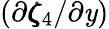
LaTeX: (\partial\pmb{\zeta}_{4}/\partial\mathit{y})